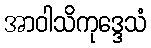
အာဝါသိကုဒ္ဒေသံ